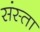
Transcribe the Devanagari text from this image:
संस्ता